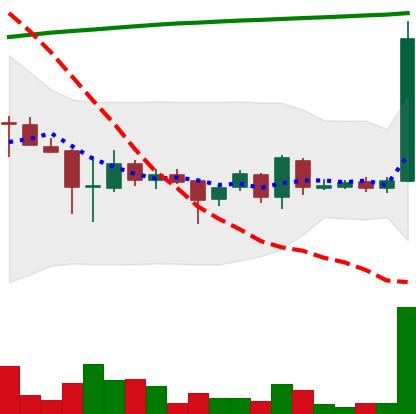
Ticker: EOS-USD
Chart end date: 2018-04-11
Forward return: -4.531%
Label: down_3_5